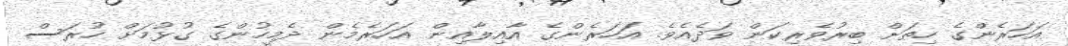
އަހަރެންގެ ހިތަށް ބިރުވެރިކަން ވަދެއެވެ. އަހަރެންގެ އާއިލާއިން އަހަރެމެން ދެމީހުންގެ ގުޅުމަށް ހުރަސް